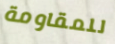
للمقاومة